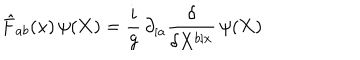
{ \hat { F } } _ { a b } ( x ) \, \psi ( { \bf X } ) = \frac { i } { g } \, \partial _ { [ a } \frac { \delta } { \delta X ^ { b ] x } } \, \psi ( { \bf X } )